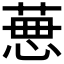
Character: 𦴜